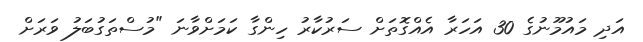
އަދި މައުމޫނުގެ 30 އަހަރާ އެއްގޮތަށް ސަރުކާރު ހިންގާ ކަމަށްވާނަ "މުސްތަގުބަލު ވަރަށް